Leaving Certificate, 1901
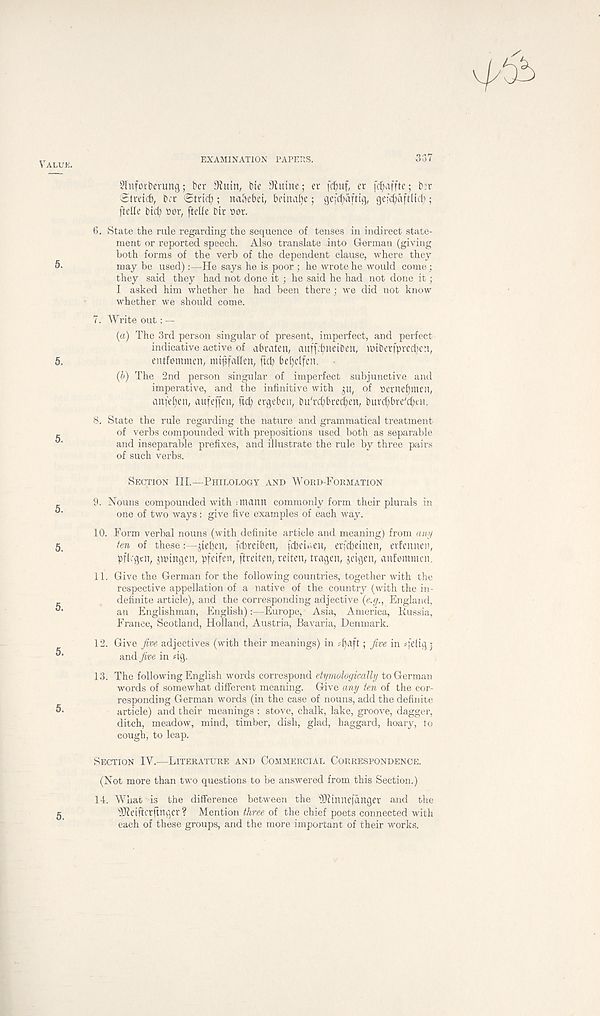
EXAMINATION PAPERS.
337
Slnforbevung; ber Ofiuin, bte 9iuine; er fcbuf, er fctjafftc; b.' t
elreicb, ba (Stridf); na^ebei, bfina()e; ge[(^aftig, gefc^aftlicf;;
ftelle bid; »or, fteUe btr Dor.
6. State the rule regarding the sequence of tenses in indirect state-
ment or reported speech. Also translate into German (giving
both forms of the verb of the dependent clause, where they
may be used):—He says he is poor ; he wrote he would come;
they said they had not done it ; he said he had not done it;
I asked him whether he had been there ; we did not know
whether we should come.
7. Write out: —
(a) The 3rd person singular of present, imperfect, and perfect
indicative active of abraten, auff^neiben, nnbrtfpred;cn,
entfommen, mipfaden, ftd; bef)clfen.
(b) The 2nd person singular of imperfect subjunctive and
imperative, and the infinitive with ju, of tternefjmen,
anfefjen, aufeffen, fid; ergebeit, bu' rd;bred)en, burdjbre'djtn.
8. State the rule regarding the nature and grammatical treatment
of verbs compounded with prepositions used both as separable
and inseparable prefixes, and illustrate the rule by three pairs
of such verbs.
Section III.—Philology and Word-Formation
9. Nouns compounded with :matm commonly form their plurals in
one of two ways: give five examples of each way.
10. Form verbal nouns (with definite article and meaning) from any
ten of these:—jteben, fdjreiben, [djeUen, erfcbeinen, erfcnnen,
pfbgtn, jnnngen, pfeifen, ftreiten, reitcn, tragen, jeigcn, anfommen.
11. Give the German for the following countries, together with the
respective appellation of a native of the country (with the in-
definite article), and the corresponding adjective (e.g., England,
an Englishman, English):—Europe, Asia, America, Russia,
France, Scotland, Holland, Austria, Bavaria, Denmark.
12. Give five adjectives (with their meanings) in d;aft; five in qdig $
andyiwe in dg.
13. The following English words correspond etymologically to German
words of somewhat different meaning. Give any ten of the cor-
responding German words (in the case of nouns, add the definite
article) and their meanings : stove, chalk, lake, groove, dagger,
ditch, meadow, mind, timber, dish, glad, haggard, hoary, to
cough, to leap.
Section IV.—Literature and Commercial Correspondence.
(Not more than two questions to be answered from this Section.)
14. What is the difference between the ' Slitnnefartger and the
TReiftctftngcr ? Mention three of the chief poets connected with
each of these groups, and the more important of their works.